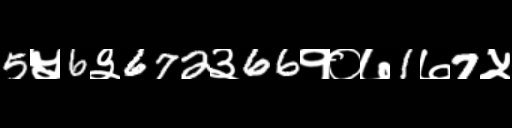
Text: 5५6३672३66१०७1७7५